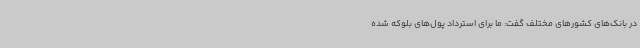
در بانک‌های کشورهای مختلف گفت: ما برای استرداد پول‌های بلوکه شده